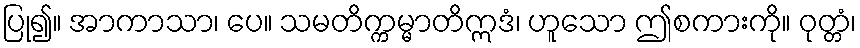
ပြု၍။ အာကာသာ၊ ပေ။ သမတိက္ကမ္မာတိဣဒံ၊ ဟူသော ဤစကားကို။ ဝုတ္တံ၊